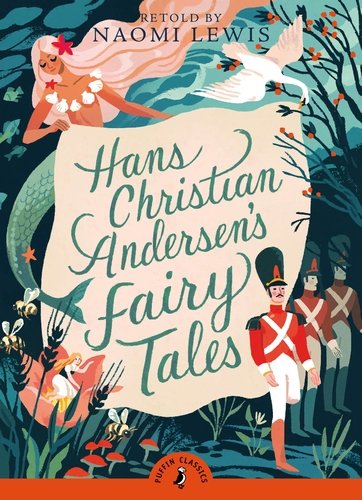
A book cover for Hans Christian Andersen's Fairy Tales (Puffin Classics); Hans Christian Andersen; Children's Books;